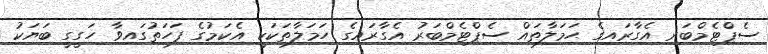
ސެޕްޓެމްބަރ އެގާރައިގެ ޙަމަލާތައް ސެޕްޓެމްބަރު އެގާރައިގެ ހަމަލާތަކަކީ އެކަމުގެ ފަހަތުގައިވާ ހަގީގީ ބަޔަކު